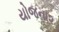
યોજના૨